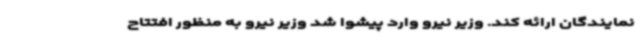
نمایندگان ارائه کند. وزیر نیرو وارد پیشوا شد وزیر نیرو به منظور افتتاح